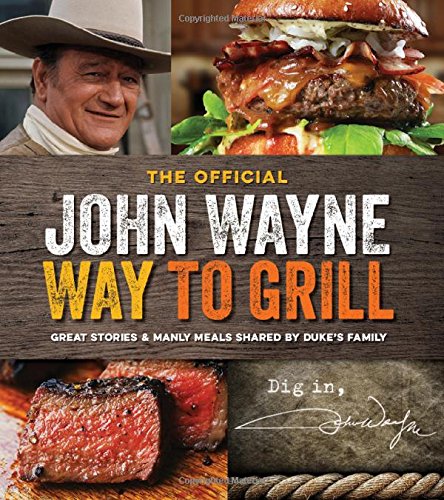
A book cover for The Official John Wayne Way to Grill: Great Stories & Manly Meals Shared By Duke's Family; Editors of John Wayne Magazine; Cookbooks, Food & Wine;